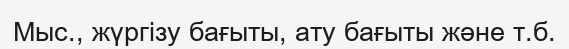
Мыс., жүргізу бағыты, ату бағыты және т.б.